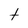
Character: t